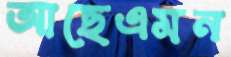
আছেএমন